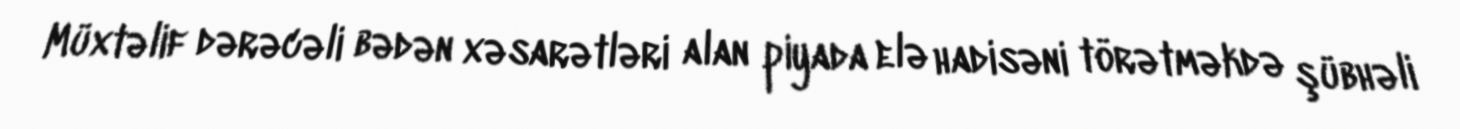
Müxtəlif dərəcəli bədən xəsarətləri alan piyada elə hadisəni törətməkdə şübhəli